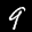
Label: 9